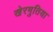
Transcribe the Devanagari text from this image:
खेरमुतिया